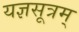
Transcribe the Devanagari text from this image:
यज्ञसूत्रम्